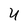
Character: U